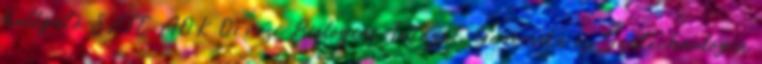
hallgató SZTE ÁOK Orvosi Biológiai Intézet, Genomika és Géntechnológia